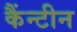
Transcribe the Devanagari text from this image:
कैंन्टीन